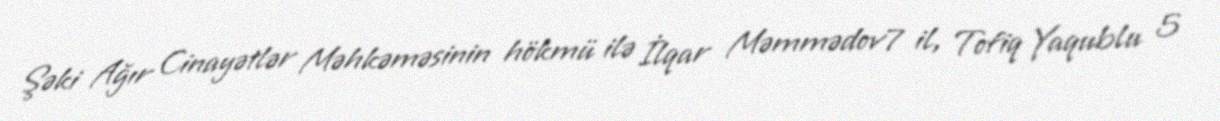
Şəki Ağır Cinayətlər Məhkəməsinin hökmü ilə İlqar Məmmədov7 il, Tofiq Yaqublu 5